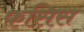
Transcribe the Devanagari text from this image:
फसिस